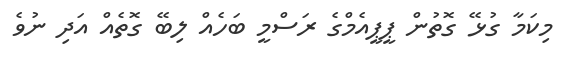
މިކަމާ ގުޅޭ ގޮތުން ޕީޕީއެމްގެ ރަސްމީ ބަހެއް ލިބޭ ގޮތެއް އަދި ނުވެ